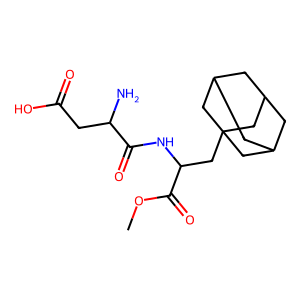
SMILES: COC(=O)C(CC12CC3CC(CC(C3)C1)C2)NC(=O)C(N)CC(=O)O
Inhibits HIV replication: No